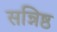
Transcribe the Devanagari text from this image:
सन्निष्ठ